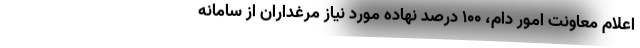
اعلام معاونت امور دام، ۱۰۰ درصد نهاده مورد نیاز مرغداران از سامانه